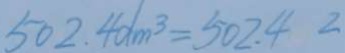
5 0 2 . 4 d m ^ { 3 } = 5 0 2 . 4 2